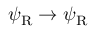
\psi _ { \mathrm { { R } } } \rightarrow \psi _ { \mathrm { { R } } }